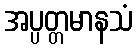
အပ္ပတ္တမာနသံ